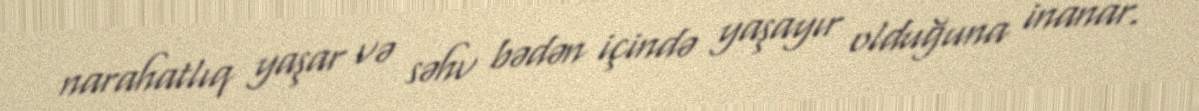
narahatlıq yaşar və səhv bədən içində yaşayır olduğuna inanar.